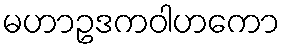
မဟာဥဒကဝါဟကော